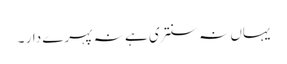
یہاں نہ سنتری ہے نہ پہرے دار ۔